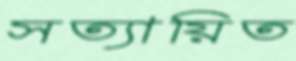
সত্যায়িত